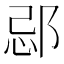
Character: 𨛑